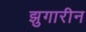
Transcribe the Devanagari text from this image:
झुगारीन